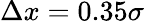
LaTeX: \Delta x=0.35\sigma